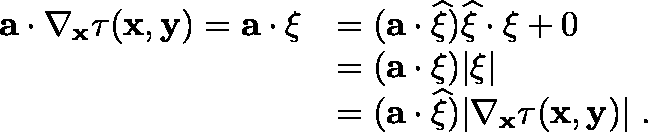
\begin{array} { r l } { \mathbf { a } \cdot \nabla _ { \mathbf { x } } \tau ( \mathbf { x } , \mathbf { y } ) = \mathbf { a } \cdot \mathbf { \xi } } & { = ( \mathbf { a } \cdot \widehat { \mathbf { \xi } } ) \widehat { \mathbf { \xi } } \cdot \mathbf { \xi } + 0 } \\ & { = ( \mathbf { a } \cdot \mathbf { \xi } ) | \mathbf { \xi } | } \\ & { = ( \mathbf { a } \cdot \widehat { \xi } ) | \nabla _ { \mathbf { x } } \tau ( \mathbf { x } , \mathbf { y } ) | \; . } \end{array}